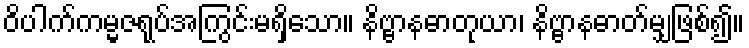
ဝိပါက်ကမ္မဇရုပ်အကြွင်းမရှိသော။ နိဗ္ဗာနဓာတုယာ၊ နိဗ္ဗာနဓာတ်မျှဖြစ်၍။